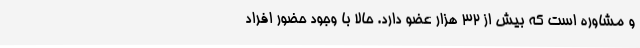
و مشاوره است که بیش از ۳۲ هزار عضو دارد. حالا با وجود حضور افراد